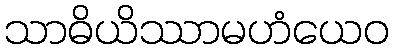
သာဓိယိဿာမဟံယေဝ